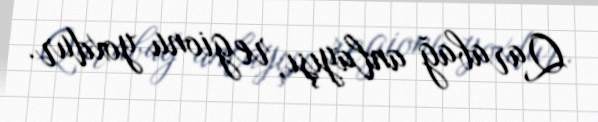
Qarabağ anlayışı, regionu yoxdur.